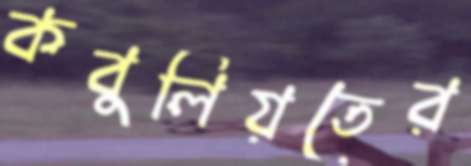
কবুলিয়তের